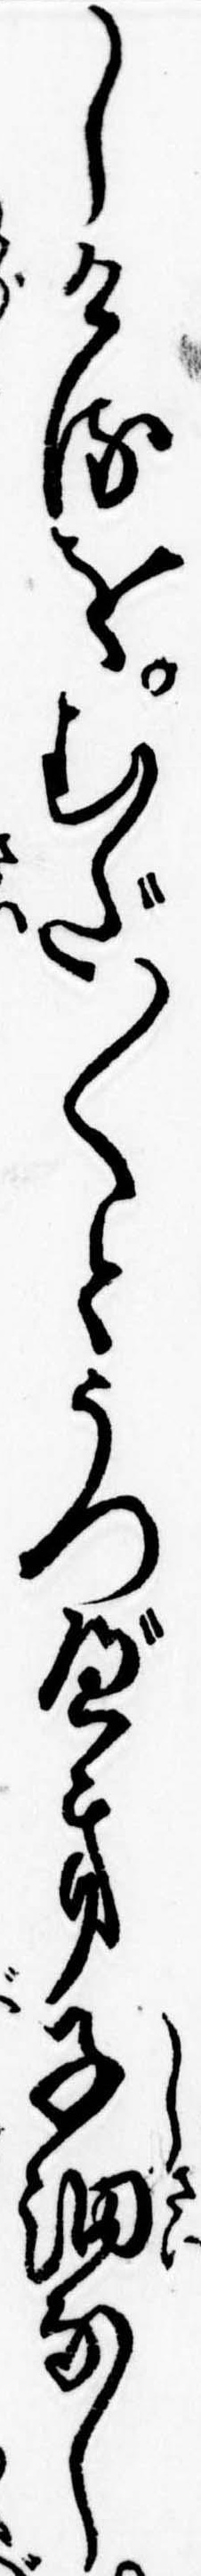
しけるをむだ〱とうつべき子細なし